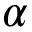
\alpha